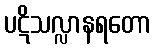
ပဋိသလ္လာနရတော